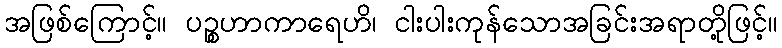
အဖြစ်ကြောင့်။ ပဉ္စဟာကာရေဟိ၊ ငါးပါးကုန်သောအခြင်းအရာတို့ဖြင့်။